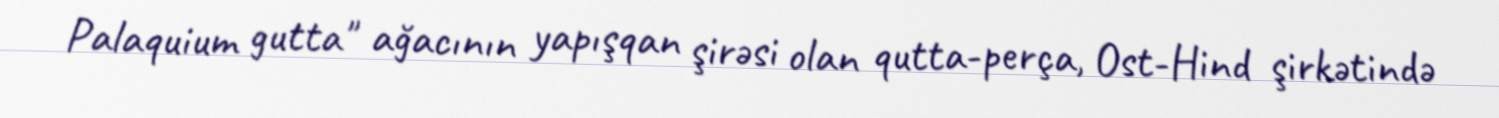
Palaquium gutta" ağacının yapışqan şirəsi olan qutta-perça, Ost-Hind şirkətində